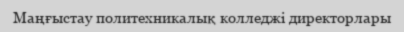
Маңғыстау политехникалық колледжі директорлары